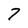
Character: 7